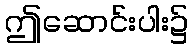
ဤဆောင်းပါး၌